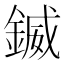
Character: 𨩆